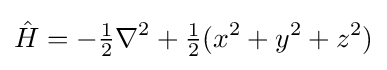
{\hat {H}}=-{\tfrac {1}{2}}\nabla ^{2}+{\tfrac {1}{2}}(x^{2}+y^{2}+z^{2})